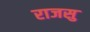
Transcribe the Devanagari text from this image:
राजसु